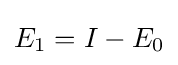
E_{1}=I-E_{0}